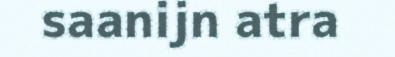
saanijn atra